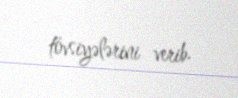
tövsiyələrini verib.